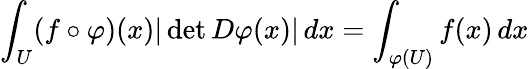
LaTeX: \int_{U}(f\circ\varphi)(x)|\operatorname*{det}D\varphi(x)|\, dx=\int_{\varphi(U)}f(x)\, dx